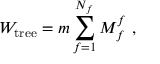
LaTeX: { \cal W } _ { \mathrm { t r e e } } = m \sum _ { f = 1 } ^ { N _ { f } } M _ { f } ^ { f } ~ ,